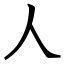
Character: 人